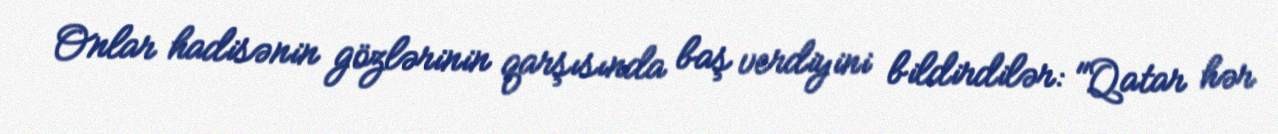
Onlar hadisənin gözlərinin qarşısında baş verdiyini bildirdilər: "Qatar hər